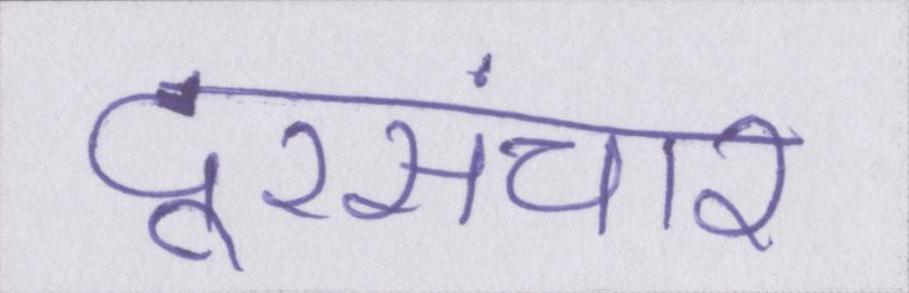
दूरसंचार